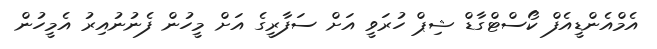
އެމްއެންޑީއެފް ކޯސްޓްގާޑް ޝިޕް ހުރަވީ އަށް ސަފާރީގެ އަށް މީހުން ފެނުނުއިރު އެމީހުން